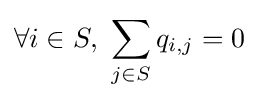
\forall i\in S,~\sum _{j\in S}q_{i,j}=0